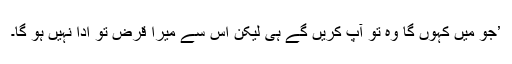
’جو میں کہوں گا وہ تو آپ کریں گے ہی لیکن اس سے میرا قرض تو ادا نہیں ہو گا۔